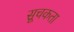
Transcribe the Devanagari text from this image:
सूचकता